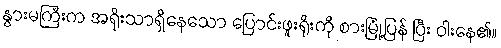
နွားမကြီးက အရိုးသာရှိနေသော ပြောင်းဖူးရိုးကို စားမြုံ့ပြန် ပြီး ဝါးနေ၏။